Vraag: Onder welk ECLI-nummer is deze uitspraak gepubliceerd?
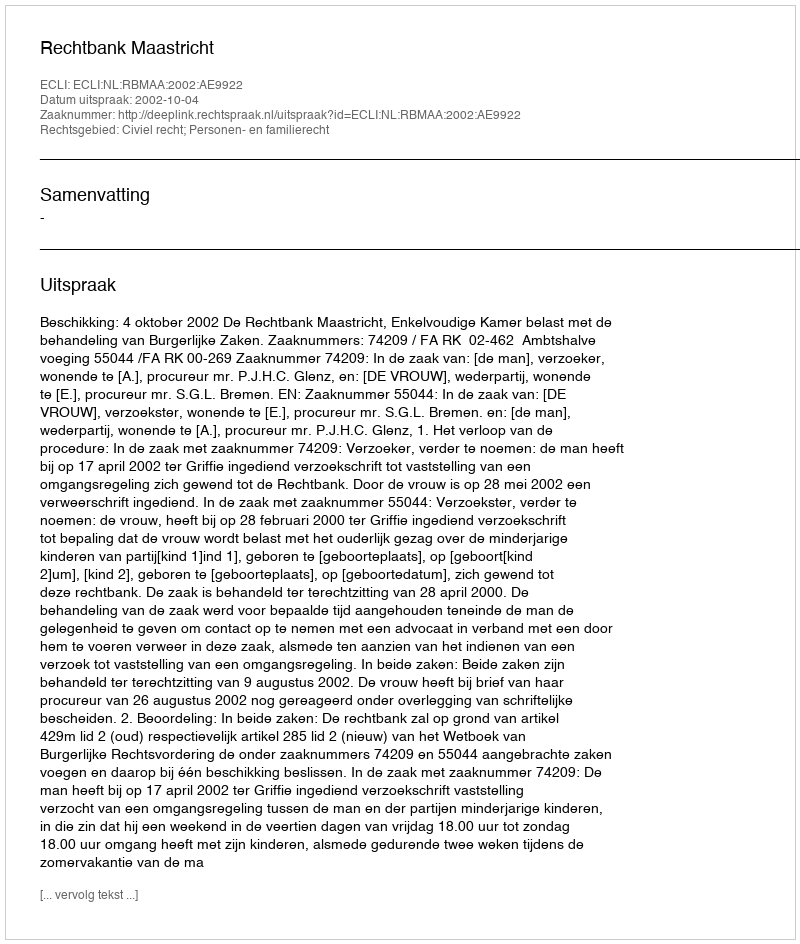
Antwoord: ECLI:NL:RBMAA:2002:AE9922